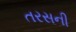
તરસની